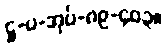
ဋ္ဌ-ပ-အုပ်-၈၉-၄၀၃။